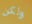
ولكن